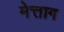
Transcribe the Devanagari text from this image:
मेत्ताग